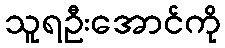
သူရဦးအောင်ကို